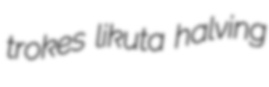
trokes likuta halving